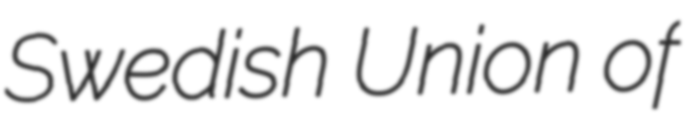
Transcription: Swedish Union of